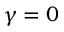
\gamma = 0